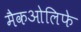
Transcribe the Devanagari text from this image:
मैकओलिफे